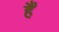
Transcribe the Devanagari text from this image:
है॓